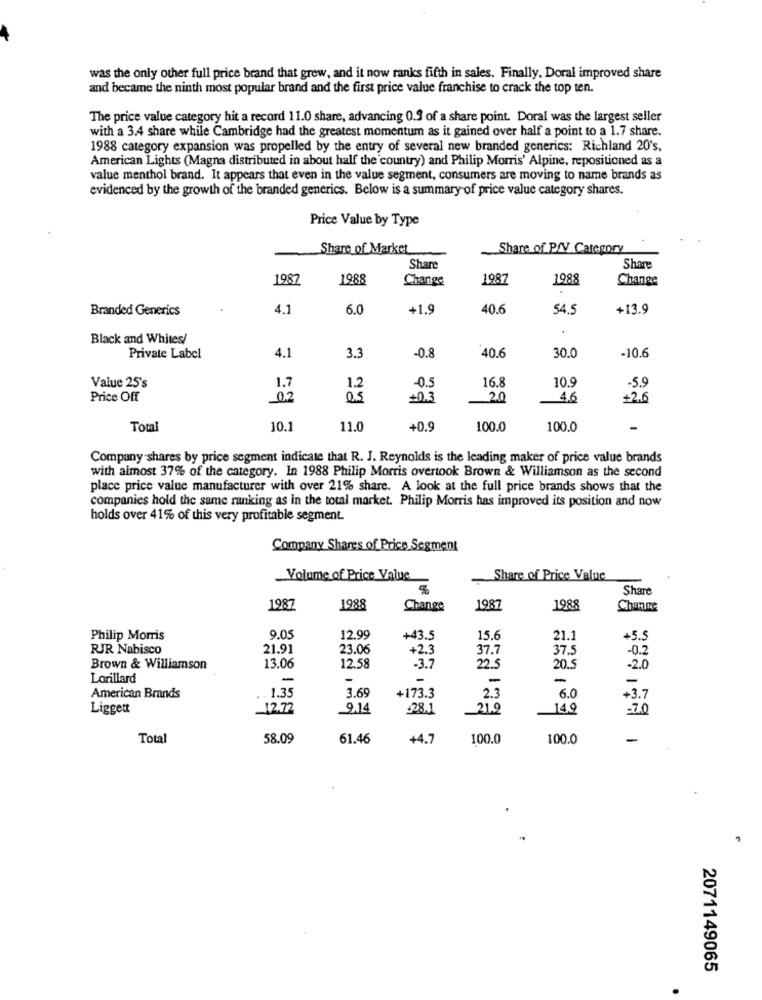
was the only other full price brand that grew, and it now ranks fifth in sales. Finally, Doral improved share
and became the ninth most popular brand and the first price value franchise to crack the top ten.
The price value category hit a record 11.0 share, advancing 0.9 of a share point. Doral was the largest seller
with a 3.4 share while Cambridge had the greatest momentum as it gained over half a point to a 1.7 share.
1988 category expansion was propelled by the entry of several new branded generics: Richland 20's,
American Lights (Magna distributed in about half the country) and Philip Morris' Alpine, repositioned as a
value menthol brand. It appears that even in the value segment, consumers are moving to name brands as
evidenced by the growth of the branded generics. Below is a summary of price value category shares.
Price Value by Type
Share of Market
Share of P/V Category
Share
Share
1987
1988
Change
1987
1988
Change
Branded Generics
4.1
6.0
+1.9
40.6
54.5
+13.9
Black and Whites/
-10.6
Private Label
4.1
3.3
-0.8
40.6
30.0
16.8
Value 25's
1.2
-0.5
10.9
-5.9
Price Off
0.5
+0.3
2.0
4,6
+2.6
Total
10.1
11.0
+0.9
100.0
100.0
Company shares by price segment indicate that R. J. Reynolds is the leading maker of price value brands
with almost 37% of the category. In 1988 Philip Morris overtook Brown & Williamson as the second
place price value manufacturer with over 21% share. A look at the full price brands shows that the
companies hold the same ranking as in the total market. Philip Morris has improved its position and now
holds over 41% of this very profitable segment.
Company Shares of Price Segment
Volume of Price Value
Share of Price Value
Share
1987
1988
Change
1987
1988
Change
Philip Morris
9.05
12.99
+43.5
15.6
21.1
+5.5
RJR Nabisco
21.91
23.06
+2.3
37.7
37.5
-0.2
22.5
Brown & Williamson
13.06
12.58
-3.7
20.5
-2.0
Lorillard
-
-
-
-
-
-
. 1.35
3.69
+173.3
American Brands
2.3
6.0
+3.7
Liggett
12.72
9.14
-28.1
21.9
149
-7.0
Total
58.09
61.46
+4.7
100.0
100.0
-
2071149065
.